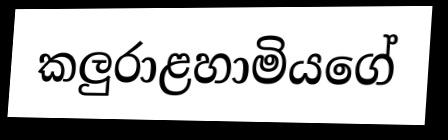
කලුරාළහාමියගේ